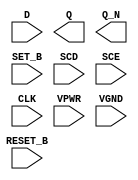
/**
 * Copyright 2020 The SkyWater PDK Authors
 *
 * Licensed under the Apache License, Version 2.0 (the "License");
 * you may not use this file except in compliance with the License.
 * You may obtain a copy of the License at
 *
 *     https://www.apache.org/licenses/LICENSE-2.0
 *
 * Unless required by applicable law or agreed to in writing, software
 * distributed under the License is distributed on an "AS IS" BASIS,
 * WITHOUT WARRANTIES OR CONDITIONS OF ANY KIND, either express or implied.
 * See the License for the specific language governing permissions and
 * limitations under the License.
 *
 * SPDX-License-Identifier: Apache-2.0
 */

`ifndef SKY130_FD_SC_HS__SDFBBP_PP_SYMBOL_V
`define SKY130_FD_SC_HS__SDFBBP_PP_SYMBOL_V

/**
 * sdfbbp: Scan delay flop, inverted set, inverted reset, non-inverted
 *         clock, complementary outputs.
 *
 * Verilog stub (with power pins) for graphical symbol definition
 * generation.
 *
 * WARNING: This file is autogenerated, do not modify directly!
 */

`timescale 1ns / 1ps
`default_nettype none

(* blackbox *)
module sky130_fd_sc_hs__sdfbbp (
    //# {{data|Data Signals}}
    input  D      ,
    output Q      ,
    output Q_N    ,

    //# {{control|Control Signals}}
    input  RESET_B,
    input  SET_B  ,

    //# {{scanchain|Scan Chain}}
    input  SCD    ,
    input  SCE    ,

    //# {{clocks|Clocking}}
    input  CLK    ,

    //# {{power|Power}}
    input  VPWR   ,
    input  VGND
);
endmodule

`default_nettype wire
`endif  // SKY130_FD_SC_HS__SDFBBP_PP_SYMBOL_V